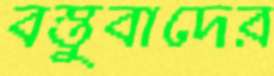
বস্তুবাদের